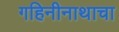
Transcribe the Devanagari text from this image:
गहिनीनाथाचा